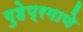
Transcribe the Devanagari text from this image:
गुहेप्रमाणे